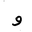
Letter: _waw